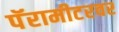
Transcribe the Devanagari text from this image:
पॅरामीटरवर